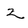
Character: 2